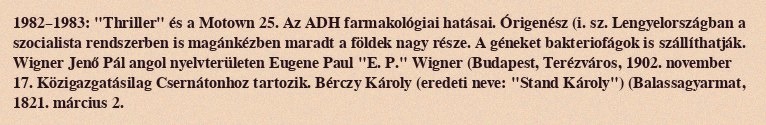
1982–1983: "Thriller" és a Motown 25. Az ADH farmakológiai hatásai. Órigenész (i. sz. Lengyelországban a szocialista rendszerben is magánkézben maradt a földek nagy része. A géneket bakteriofágok is szállíthatják. Wigner Jenő Pál angol nyelvterületen Eugene Paul "E. P." Wigner (Budapest, Terézváros, 1902. november 17. Közigazgatásilag Csernátonhoz tartozik. Bérczy Károly (eredeti neve: "Stand Károly") (Balassagyarmat, 1821. március 2.